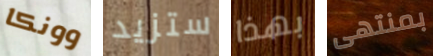
وونكا ستزيد بهذا بمنتهى